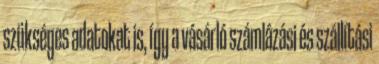
szükséges adatokat is, így a vásárló számlázási és szállítási